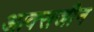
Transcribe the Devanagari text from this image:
आक्सजीन